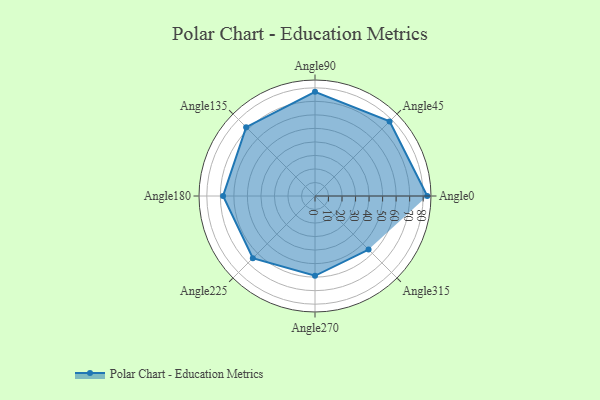
{"axis": {"x": "Angle", "y": "Radius"}, "legend": [""], "data": [{"x": "Angle0", "y": 83.0, "type": ""}, {"x": "Angle45", "y": 78.0, "type": ""}, {"x": "Angle90", "y": 77.0, "type": ""}, {"x": "Angle135", "y": 72.0, "type": ""}, {"x": "Angle180", "y": 68.0, "type": ""}, {"x": "Angle225", "y": 65.0, "type": ""}, {"x": "Angle270", "y": 59.0, "type": ""}, {"x": "Angle315", "y": 56.0, "type": ""}]}